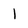
Character: 1